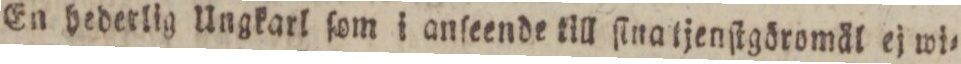
En hederlig Ungkarl ſom i anſeende till ſina tjenſtgöromål ej wi=